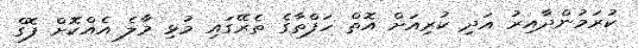
ކުރަމުންދާއިރު އަދި ކުރިއަށް އޮތް ހަފްތާގެ ތެރޭގައި މުޅި މާލެ އެއްކޮށް ފޮގް